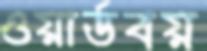
ওয়ার্ডবয়